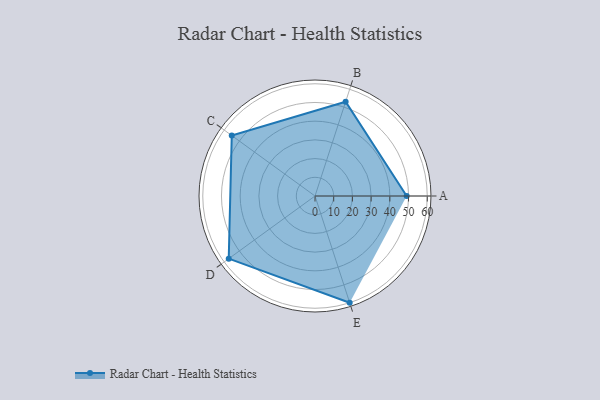
{"axis": {"x": "Skill", "y": "Score"}, "legend": ["Profile"], "data": [{"x": "A", "y": 49.0, "type": "Profile"}, {"x": "B", "y": 53.0, "type": "Profile"}, {"x": "C", "y": 55.0, "type": "Profile"}, {"x": "D", "y": 57.0, "type": "Profile"}, {"x": "E", "y": 60.0, "type": "Profile"}]}